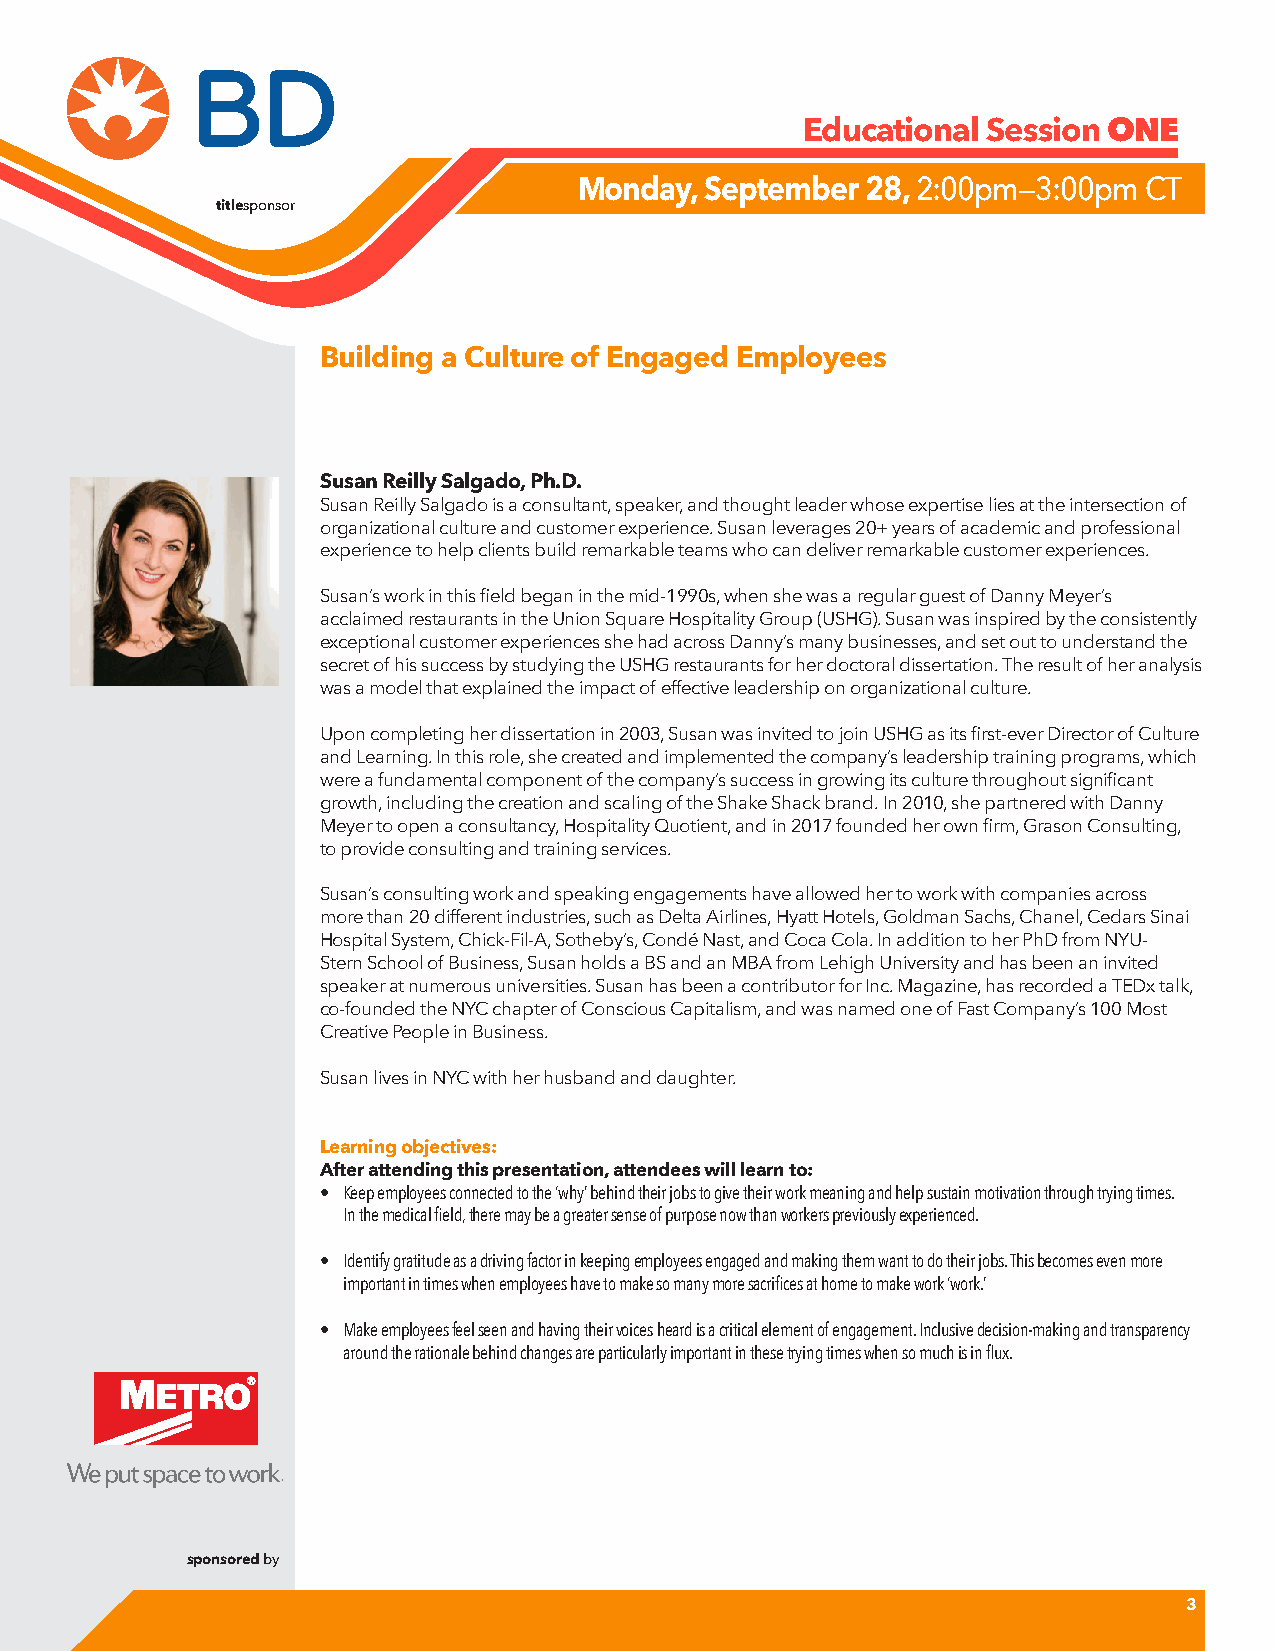
Educational Session
 ONE
 Monday,  September 28, 2:00pm—3:00pm  CT
 titlesponsor
 Building a Culture of Engaged Employees
 Susan Reilly Salgado, Ph.D.
 Susan Reilly Salgado is a consultant, speaker, and thought leader whose expertise lies at the intersection of
 organizational culture and customer experience. Susan leverages 20+ years of academic and professional
 experience to help clients build remarkable teams who can deliver remarkable customer experiences.
 Susan’s work in this field began in the mid-1990s, when she was a regular guest of Danny Meyer’s
 acclaimed restaurants in the Union Square Hospitality Group (USHG). Susan was inspired by the consistently
 exceptional customer experiences she had across Danny’s many businesses, and set out to understand the
 secret of his success by studying the USHG restaurants for her doctoral dissertation. The result of her analysis
 was a model that explained the impact of effective leadership on organizational culture.
 Upon completing her dissertation in 2003, Susan was invited to join USHG as its first-ever Director of Culture
 and Learning. In this role, she created and implemented the company’s leadership training programs, which
 were a fundamental component of the company’s success in growing its culture throughout significant
 growth, including the creation and scaling of the Shake Shack brand. In 2010, she partnered with Danny
 Meyer to open a consultancy, Hospitality Quotient, and in 2017 founded her own firm, Grason Consulting,
 to provide consulting and training services.
 Susan’s consulting work and speaking engagements have allowed her to work with companies across
 more than 20 different industries, such as Delta Airlines, Hyatt Hotels, Goldman Sachs, Chanel, Cedars Sinai
 Hospital System, Chick-Fil-A, Sotheby’s, Condé Nast, and Coca Cola. In addition to her PhD from NYU-
 Stern School of Business, Susan holds a BS and an MBA from Lehigh University and has been an invited
 speaker at numerous universities. Susan has been a contributor for Inc. Magazine, has recorded a TEDx talk,
 co-founded the NYC chapter of Conscious Capitalism, and was named one of Fast Company’s 100 Most
 Creative People in Business.
 Susan lives in NYC with her husband and daughter.
 Learning objectives:
 After attending this presentation, attendees will learn to:
 • Keep employees connected to the ‘why’ behind their jobs to give their work meaning and help sustain motivation through trying times.
 In the medical field, there may be a greater sense o fpurpose now than workers previously experienced.
 • Identify gratitude as a driving factor in keeping employees engaged and making them want to do their job Tsh.is becomes even more
 important in times when employees have to make so many more sacrifices at home to make work ‘work.’
 • Make employees feel seen and having their voices heard is a critical element o efngagement. Inclusive decision-making and transparency
 around the rationale behind changes are particularly important in these trying times when so much is in flu x.
 sponsored by
 3